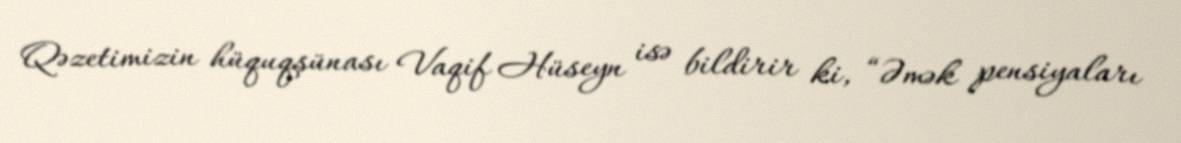
Qəzetimizin hüquqşünası Vaqif Hüseyn isə bildirir ki, “Əmək pensiyaları